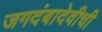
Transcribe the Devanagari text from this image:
जगदंबादेवीची